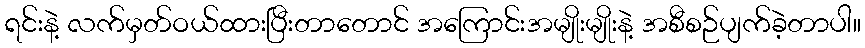
ရင်းနဲ့ လက်မှတ်ဝယ်ထားပြီးတာတောင် အကြောင်းအမျိုးမျိုးနဲ့ အစီစဉ်ပျက်ခဲ့တာပါ။